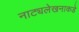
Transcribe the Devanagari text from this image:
नाट्यलेखनाकडे